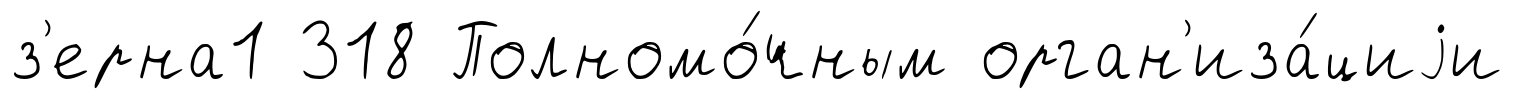
з'ерна1 318 Полномо́чным орган'иза́циjи